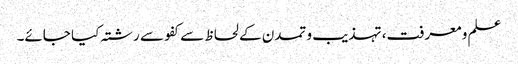
علم و معرفت، تہذیب و تمدن کے لحاظ سے کفو سے رشتہ کیا جائے۔